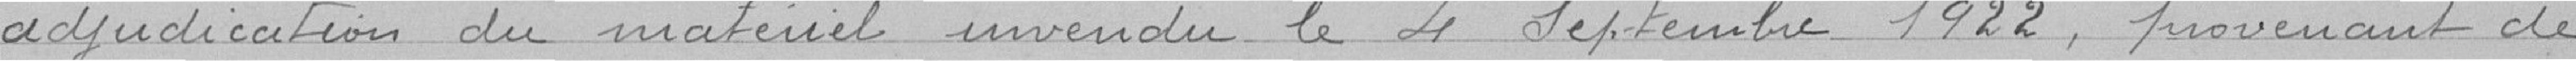
adjudication du matériel invendu le 4 septembre 1922, provenant de